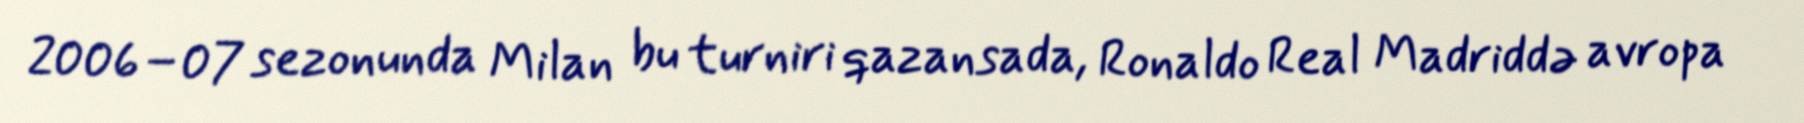
2006–07 sezonunda Milan bu turniri qazansada, Ronaldo Real Madriddə avropa